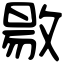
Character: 敭